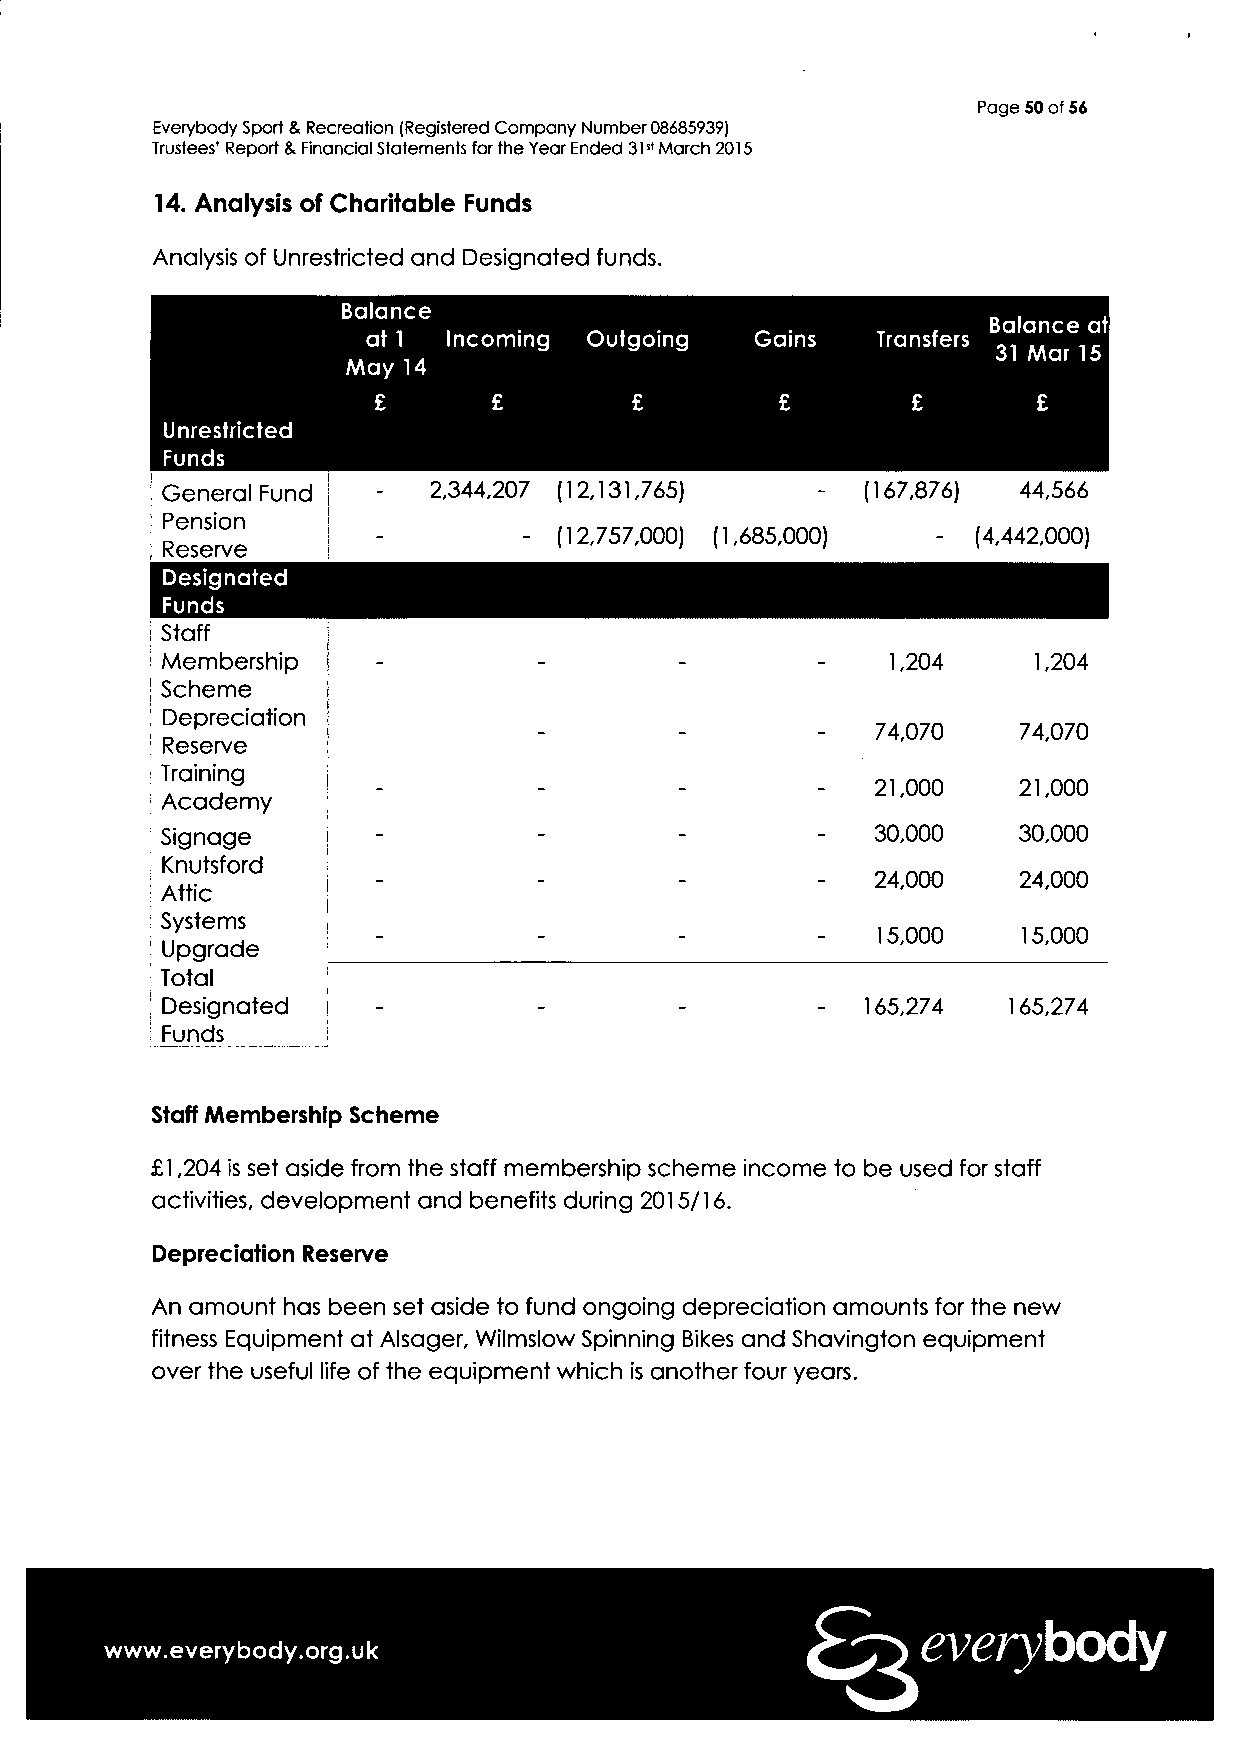
Page SO of 56
 Everybody Sport & Recreation (Registered Company Number 08685939)
 Trustees' Report & Financial Statements for the Year Ended 31st March 2015
 14. Analysis of Charitable Funds
 Analysis of Unrestricted and Designated funds.
 Balance
 ,   Balance at
 at 1  Incoming Outgoing   Gains   TTransfers ..
 31 M ar 11C 5
 May 14
 £       £        £         £       £        £
 Unrestricted
 Funds
 General Fund      2,344,207 (12,131,765)      (167,876)  44,566
 Pension
 (12,757,000) (1,685,000) -  (4,442,000)
 Reserve
 Designated
 Funds
 Staff
 Membership i                                    1,204    1,204
 Scheme    I
 Depreciation ;
 74,070   74,070
 Reserve
 Training
 21,000   21,000
 Academy
 Signage                                        30,000   30,000
 Knutsford
 24,000   24,000
 Attic
 Systems   ,
 15,000    15,000
 Upgrade
 Total     ;
 Designated !                               -  165,274   165,274
 Funds
 Staff Membership Scheme
 £1,204 is set aside from the staff membership scheme income to be used for staff
 activities, development and benefits during 2015/16.
 Depreciation Reserve
 An amount has been set aside to fund ongoing depreciation amounts for the new
 fitness Equipment at Alsager, Wilmslow Spinning Bikes and Shavington equipment
 over the useful life of the equipment which is another four years.
 everybody
 www.everybody.org.uk